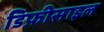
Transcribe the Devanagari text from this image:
डिफ़ीसाइल